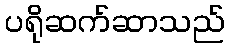
ပရိုဆက်ဆာသည်